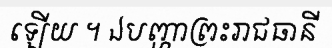
ឡើយ ។ ឯបញ្ហាព្រះរាជធានី